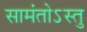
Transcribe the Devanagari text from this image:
सामंतोऽस्तु